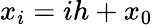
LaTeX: x_{i}=ih+x_{0}